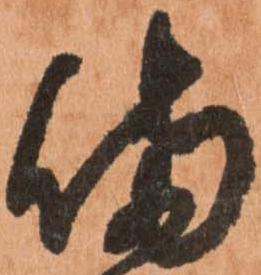
備